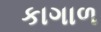
કાગાળ